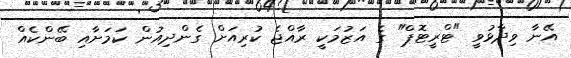
އޭނާ ވިދާޅުވީ "ޓްރީޓޮޕް" ގެ އަޒުމަކީ ރާއްޖެ ކުރިއަށް ގެންދިއުން ކަމަށާއި ބޭންކެއް